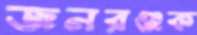
জনরঞ্জক